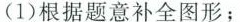
(1)根据题意补全图形；